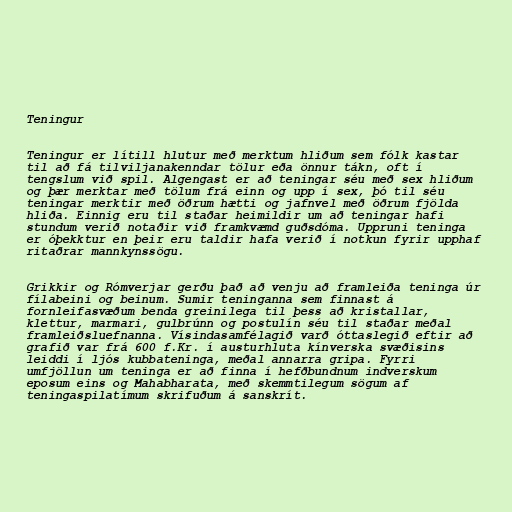
Teningur

Teningur er lítill hlutur með merktum hliðum sem fólk kastar
til að fá tilviljanakenndar tölur eða önnur tákn, oft í
tengslum við spil. Algengast er að teningar séu með sex hliðum
og þær merktar með tölum frá einn og upp í sex, þó til séu
teningar merktir með öðrum hætti og jafnvel með öðrum fjölda
hliða. Einnig eru til staðar heimildir um að teningar hafi
stundum verið notaðir við framkvæmd guðsdóma. Uppruni teninga
er óþekktur en þeir eru taldir hafa verið í notkun fyrir upphaf
ritaðrar mannkynssögu.

Grikkir og Rómverjar gerðu það að venju að framleiða teninga úr
fílabeini og beinum. Sumir teninganna sem finnast á
fornleifasvæðum benda greinilega til þess að kristallar,
klettur, marmari, gulbrúnn og postulín séu til staðar meðal
framleiðsluefnanna. Vísindasamfélagið varð óttaslegið eftir að
grafið var frá 600 f.Kr. í austurhluta kínverska svæðisins
leiddi í ljós kubbateninga, meðal annarra gripa. Fyrri
umfjöllun um teninga er að finna í hefðbundnum indverskum
eposum eins og Mahabharata, með skemmtilegum sögum af
teningaspilatímum skrifuðum á sanskrít.